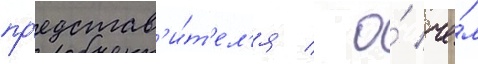
пр'едстав'и́т'ел'я / о́ че́м